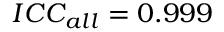
I C C _ { a l l } = 0 . 9 9 9